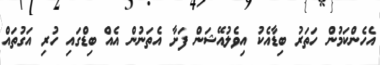
އެހެންކަމުން ހަތަރު ބިޑާއެކު އިވެލުއޭޝަން ފަށާ އެތަނުން އެއް ބިޑްގައި ހުރި އަގުތައް